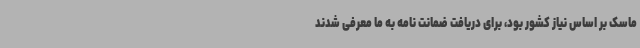
ماسک بر اساس نیاز کشور بود، برای دریافت ضمانت نامه به ما معرفی شدند